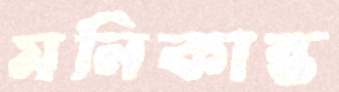
মনিকান্ত